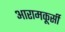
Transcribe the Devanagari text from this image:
आरामकूर्सी